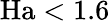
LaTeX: \mathrm{Ha}<1.6